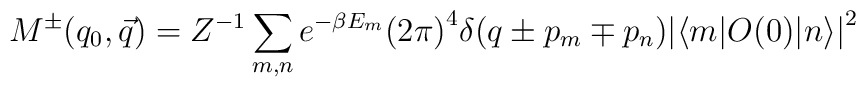
M^\pm(q_0,\vec{q})= Z^{-1}\sum_{m,n}e^{-\beta E_m} {(2\pi)}^4 \delta(q\pm p_m\mp p_n){| \langle m| O(0)|n\rangle|}^2